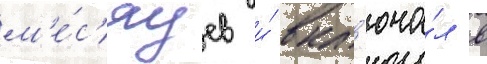
м'е́с'яцев и́ вкл'юча́л в